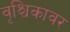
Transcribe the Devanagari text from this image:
वृश्चिकावर